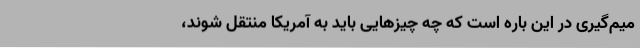
میم‌گیری در این باره است که چه چیز‌هایی باید به آمریکا منتقل شوند،